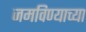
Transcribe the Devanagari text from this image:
जमविण्याच्या